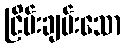
ငြိမ်းချမ်းသော